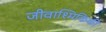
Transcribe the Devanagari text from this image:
जीवाश्मिकिकी